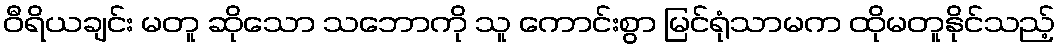
ဝီရိယချင်း မတူ ဆိုသော သဘောကို သူ ကောင်းစွာ မြင်ရုံသာမက ထိုမတူနိုင်သည့်